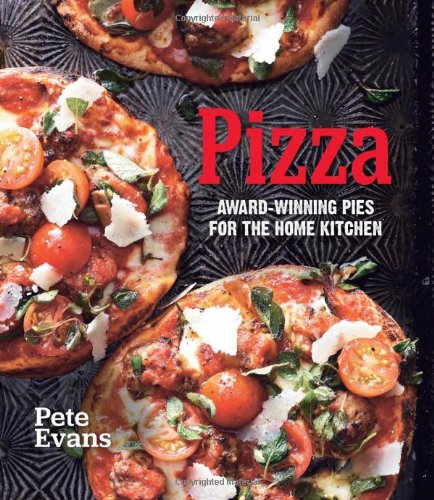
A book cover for Pizza: Award-Winning Pies for the Home Kitchen; Pete Evans; Cookbooks, Food & Wine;